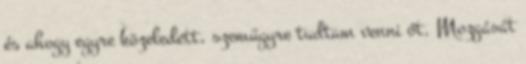
és ahogy egyre közeledett, szemügyre tudtam venni őt. Mozgását